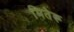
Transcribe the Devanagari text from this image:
मितेरू